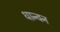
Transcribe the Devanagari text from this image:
धान्वन